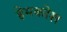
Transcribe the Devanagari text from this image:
हेमकोश